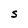
Character: S